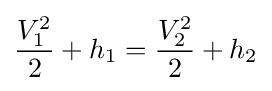
{\frac {V_{1}^{2}}{2}}+{h_{1}}={\frac {V_{2}^{2}}{2}}+{h_{2}}